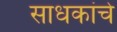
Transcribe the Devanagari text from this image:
साधकांचे